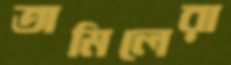
তামিলেরা